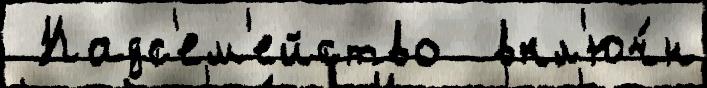
 Надс'ем'ейство  вкл'юч́н